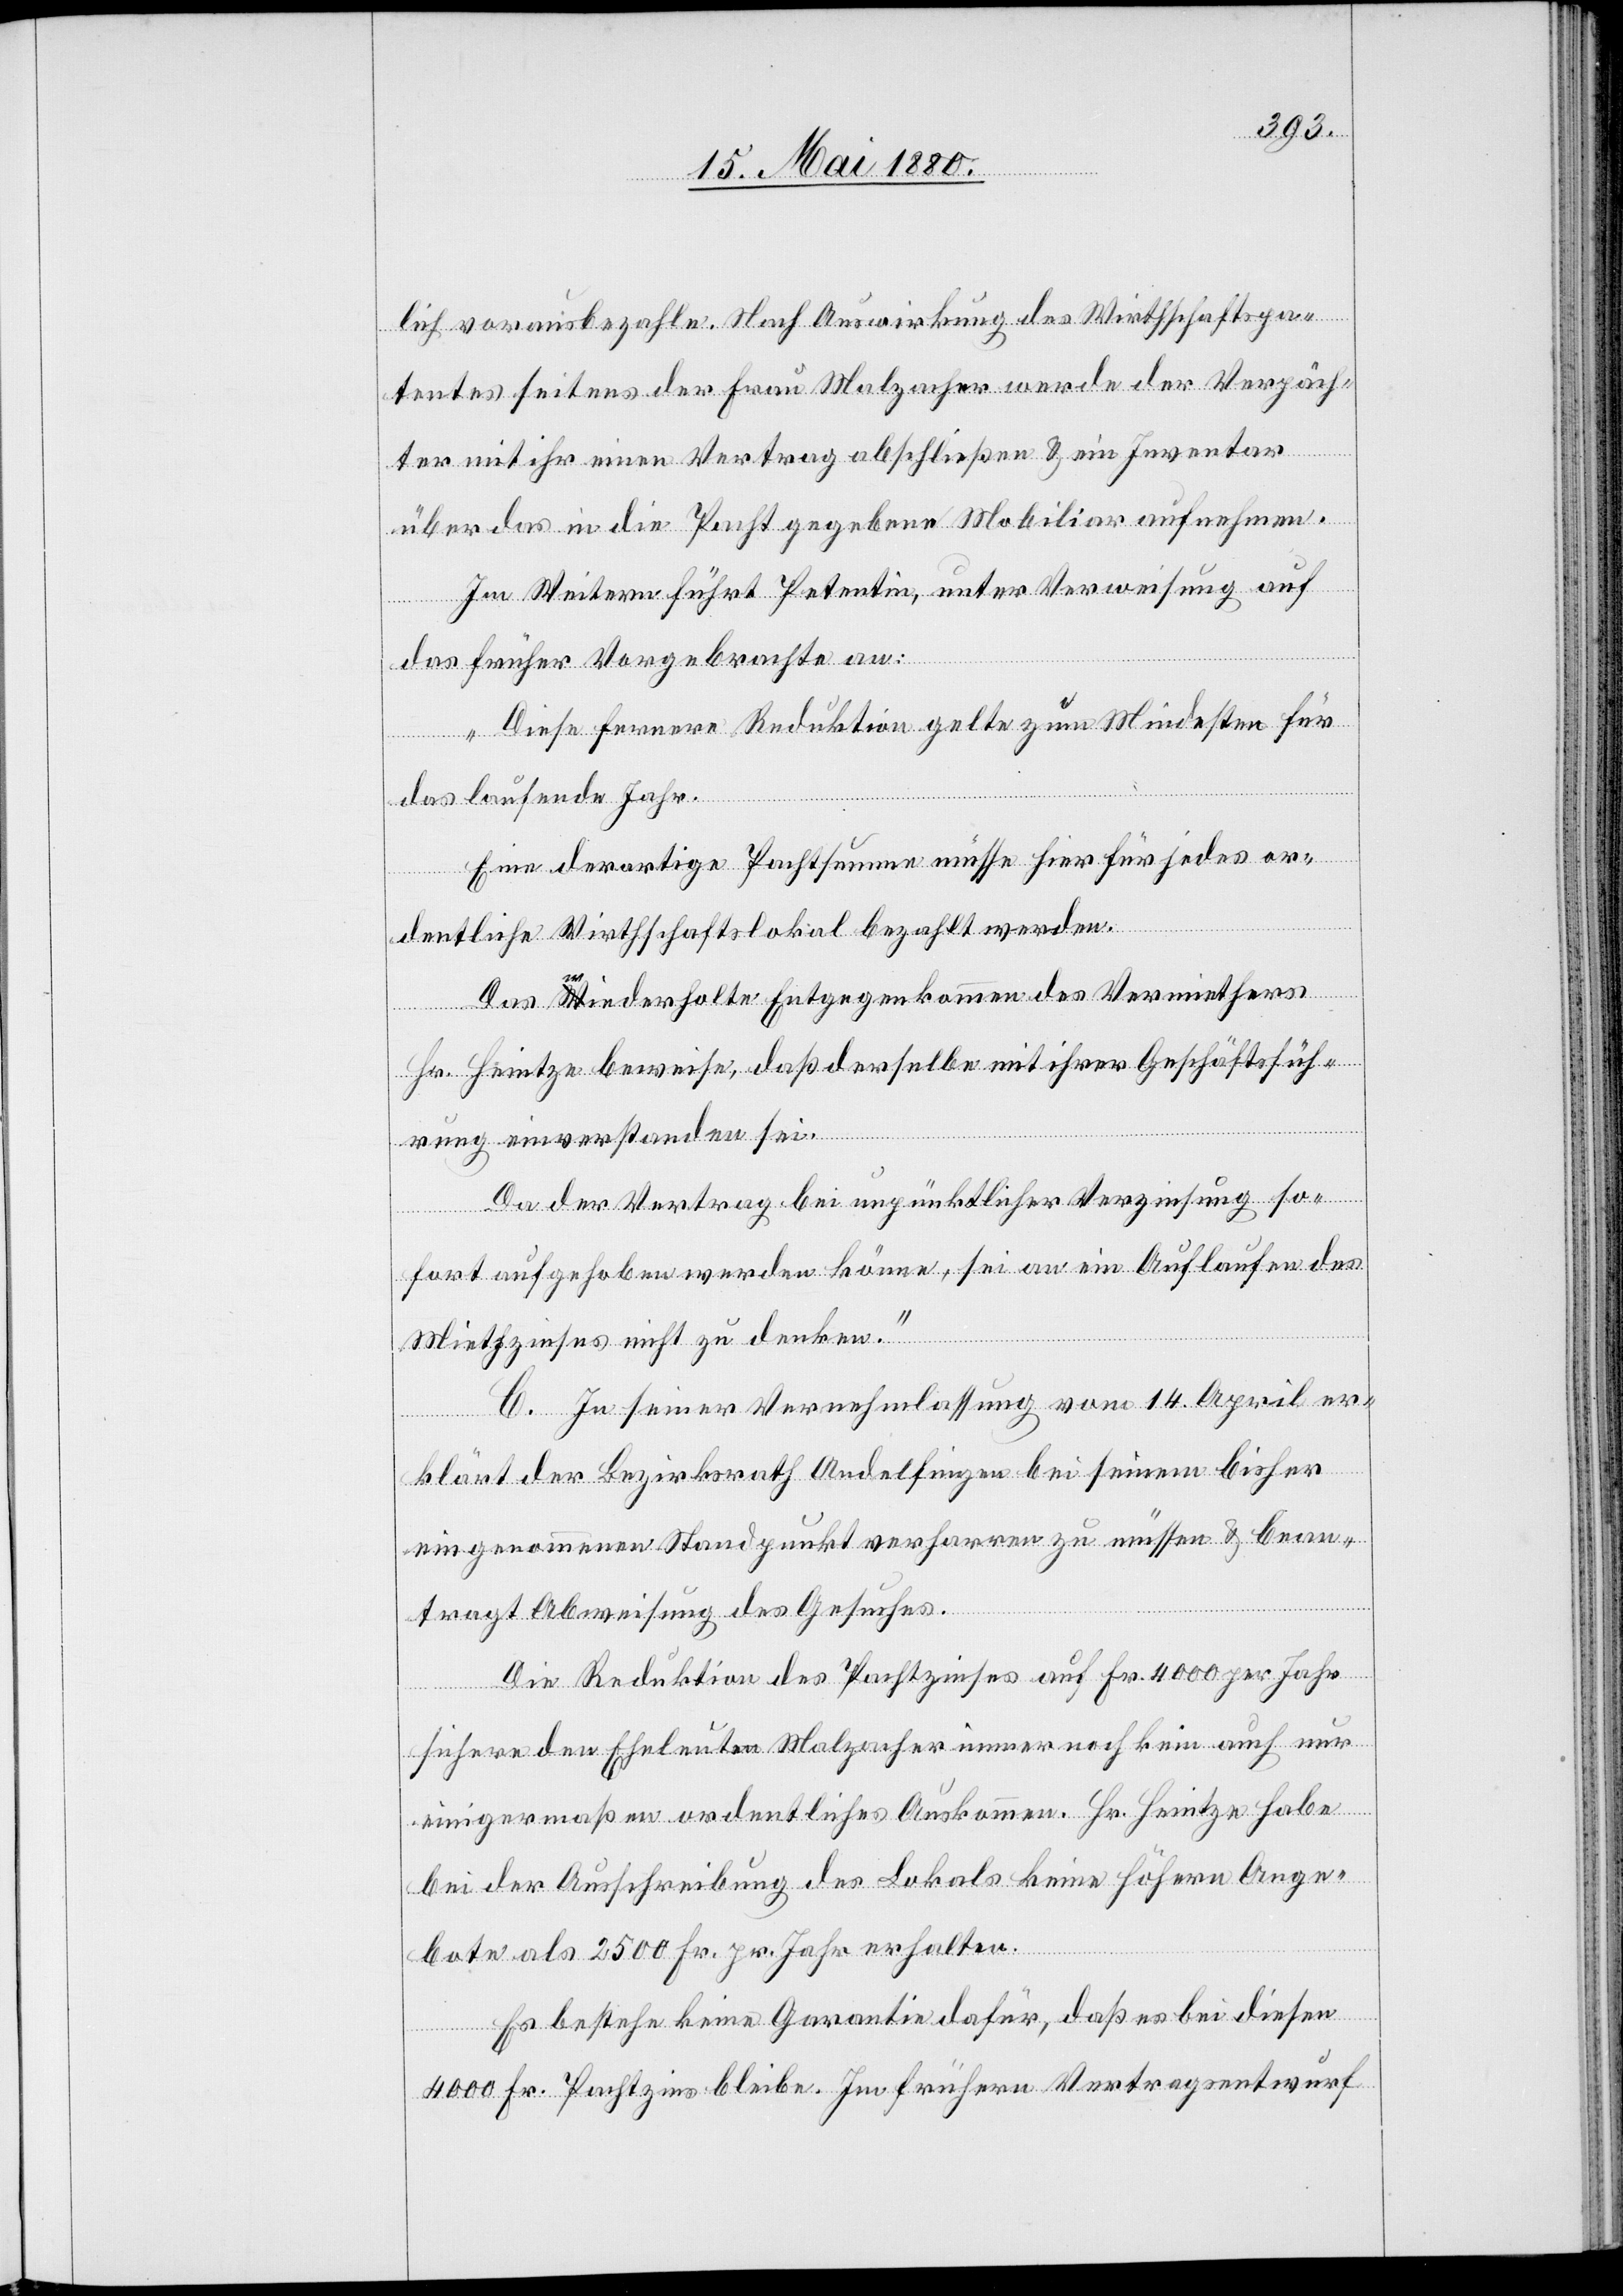
lich vorausbezahle. Nach Auswirkung des Wirthschaftspa¬
tentes seitens der Frau Malzacher werde der Verpäch¬
ter mit ihr einen Vertrag abschließen & ein Inventar
über die in die Pacht gegebene Mobiliar aufnehmen.
Im Weitern führt Petentin, unter Verweisung auf
das früher Vorgebrachte aus:
„Diese fernere Reduktion gelte zum Mindesten für
das laufende Jahr.
Eine derartige Pachtsumme müsse hier für jedes or¬
dentliche Wirthschaftslokal bezahlt werden.
Das wiederholte Entgegenkommen des Vermiethers
tsfüh¬
rung einverstanden sei.
Da der Vertrag bei unpünktlicher Verzinsung so¬
daß
fort aufgehoben werden könne, sei an ein Auflaufen des
Miethzinses nicht zu denken.“
C. In seiner Vernehmlassung vom 14. April er¬
klärt der Bezirksrath Andelfingen bei seinem bisher
eingenommenen Standpunkt verharren zu müssen & bean¬
tragt Abweisung des Gesuches.
Die Reduktion des Pachtzinses auf Fr. 4000 per Jahr
sichere den Eheleuten Malzacher immer noch kein auch nur
einigermaßen ordentliches Auskommen. Hr. Heintze habe
bei der Ausschreibung des Lokals keine höhern Ange¬
bote als 2500 Fr. pr. Jahr erhalten.
mit
Es bestehe keine Garantie dafür, daß es bei diesen
4000 Fr. Pachtzins bleibe. Im frühern Vertragsentwurf